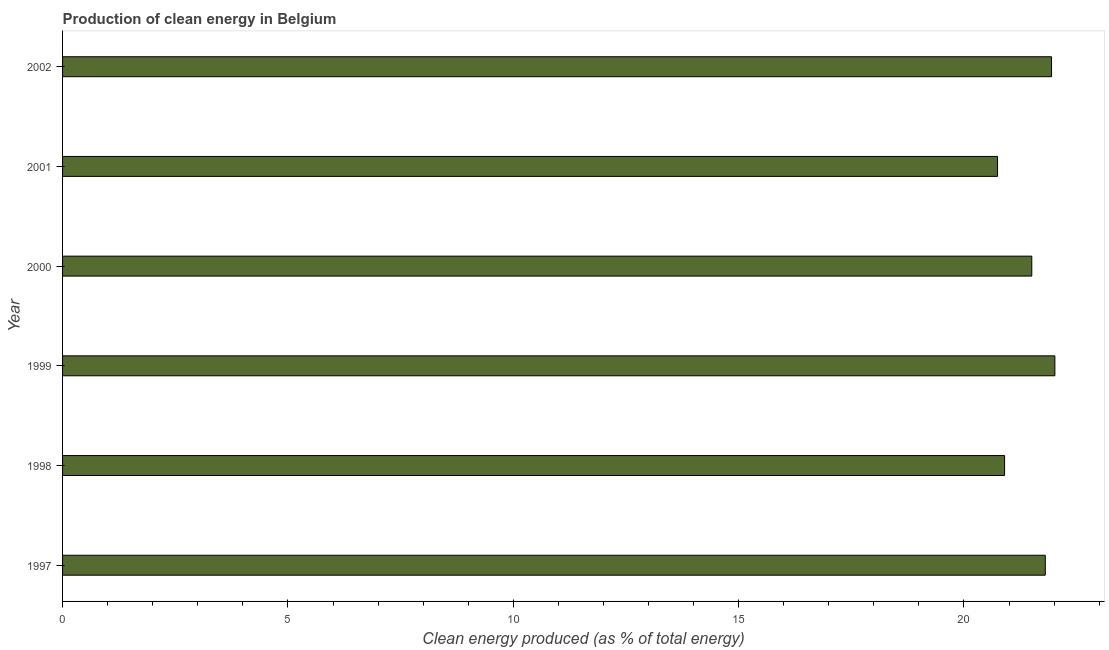
| Year | Alternative and nuclear energy |
 | --- | --- |
 | 1997 | 21.8 |
 | 1998 | 20.9 |
 | 1999 | 22 |
 | 2000 | 21.5 |
 | 2001 | 20.7 |
 | 2002 | 21.9 |